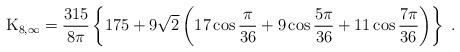
LaTeX: \begin{align*} {\rm K}_{8, \infty}={315 \over 8\pi}\left \{ 175+9\sqrt{2} \left ( 17\cos{\pi \over 36}+9\cos{5\pi \over 36}+11\cos{7\pi \over 36} \right ) \right \}\;.\end{align*}